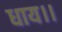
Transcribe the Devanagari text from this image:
धाय।।